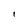
Character: 1